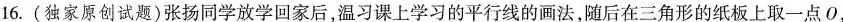
16.(独家原创试题)张扬同学放学回家后，温习课上学习的平行线的画法，随后在三角形的纸板上取一点O，